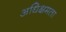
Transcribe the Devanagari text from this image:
अधिक्षमता